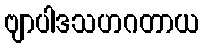
ဗျာပါဒသဟဂတာယ